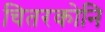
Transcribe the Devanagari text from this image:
चितरकोनि